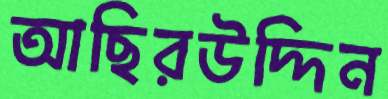
আছিরউদ্দিন